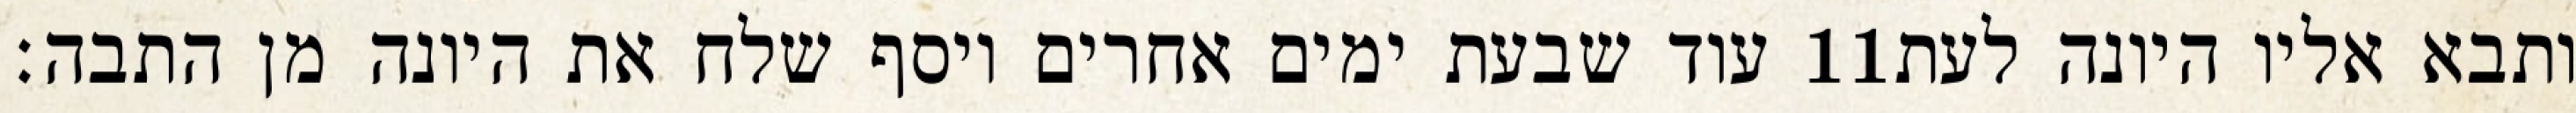
עוד שבעת ימים אחרים ויסף שלח את היונה מן התבה׃ ‎11‏ ותבא אליו היונה לעת